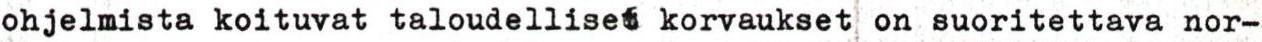
ohjelmista koituvat taloudelliset korvaukset on suoritettava nor-